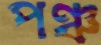
পঞ্চ